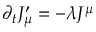
\partial _ { t } J _ { \mu } ^ { \prime } = - \lambda J ^ { \mu }